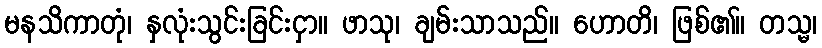
မနသိကာတုံ၊ နှလုံးသွင်းခြင်းငှာ။ ဖာသု၊ ချမ်းသာသည်။ ဟောတိ၊ ဖြစ်၏။ တသ္မ၊